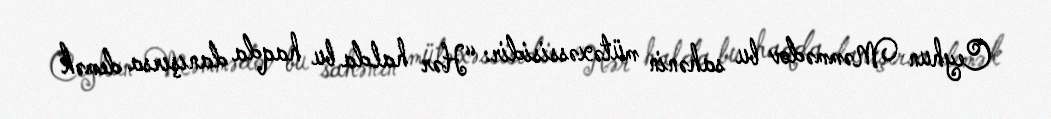
Ceyhun Məmmədov bu sahənin mütəxəssisidir: “Hər halda bu haqda danışırsa demək